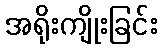
အရိုးကျိုးခြင်း